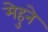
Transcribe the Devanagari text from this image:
मेहुने